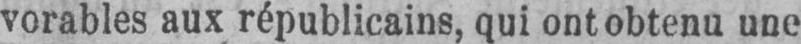
vorables aux républicains, qui ont obtenu une